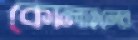
কোলাহলের